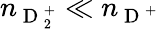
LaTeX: n_{\mathrm{~D~}_{2}^{+}}\ll n_{\mathrm{~D~}^{+}}